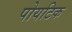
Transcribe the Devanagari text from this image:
पोयटिक